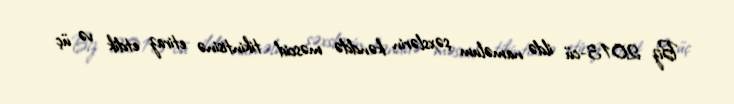
Biz 2013-cü ildə naməlum şəxslərin kənddə məscid tikintisinə etiraz etdik və üç